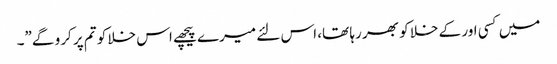
میں کسی اور کے خلا کو بھر رہا تھا، اس لئے میرے پیچھے اس خلا کو تم پر کرو گے”۔